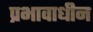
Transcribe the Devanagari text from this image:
प्रभावाधीन